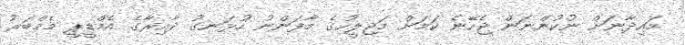
މައިދާނަށް ނުކުންނަން ޖެހޭނެ ކަމަށް މަޖިލީހުގެ މާފަންނު ހުޅަނގު ދާއިރާގެ އެމްޑީޕީ މެމްބަރު